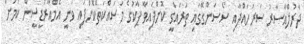
ދާރުލްއާސާރު ސަރަހައްދާއި ސޯސަންގޭގައި ތަރައްގީ ކޮށްފައިވާ ޕާކުގެ މަސައްކަތްކޮށްފައި ވަނީ އެމްއާރުޑީސީން ކަމަށް